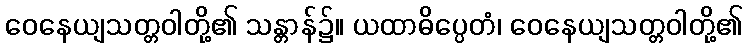
ဝေနေယျသတ္တဝါတို့၏ သန္တာန်၌။ ယထာဓိပ္ပေတံ၊ ဝေနေယျသတ္တဝါတို့၏